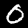
Digit: 0